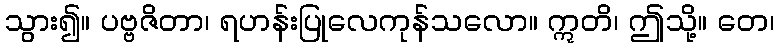
သွား၍။ ပဗ္ဗဇိတာ၊ ရဟန်းပြုလေကုန်သလော။ ဣတိ၊ ဤသို့။ တေ၊